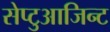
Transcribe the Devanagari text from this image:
सेप्टुआजिन्ट